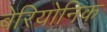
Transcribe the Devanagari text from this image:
बेरियोनिक